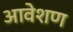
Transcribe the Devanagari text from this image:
आवेशण